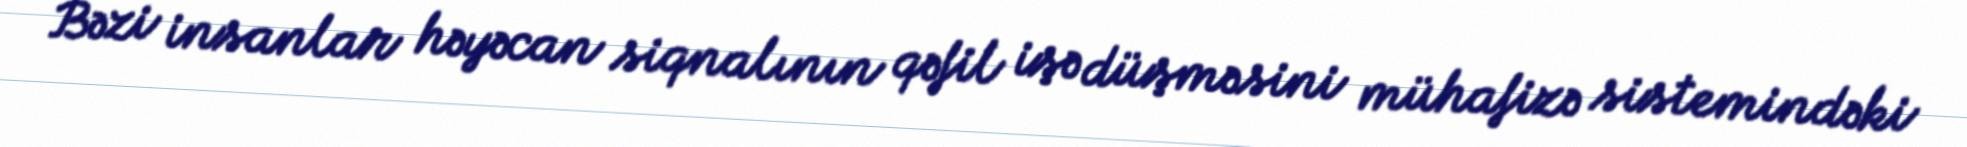
Bəzi insanlar həyəcan siqnalının qəfil işə düşməsini mühafizə sistemindəki